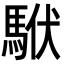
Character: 𩢰